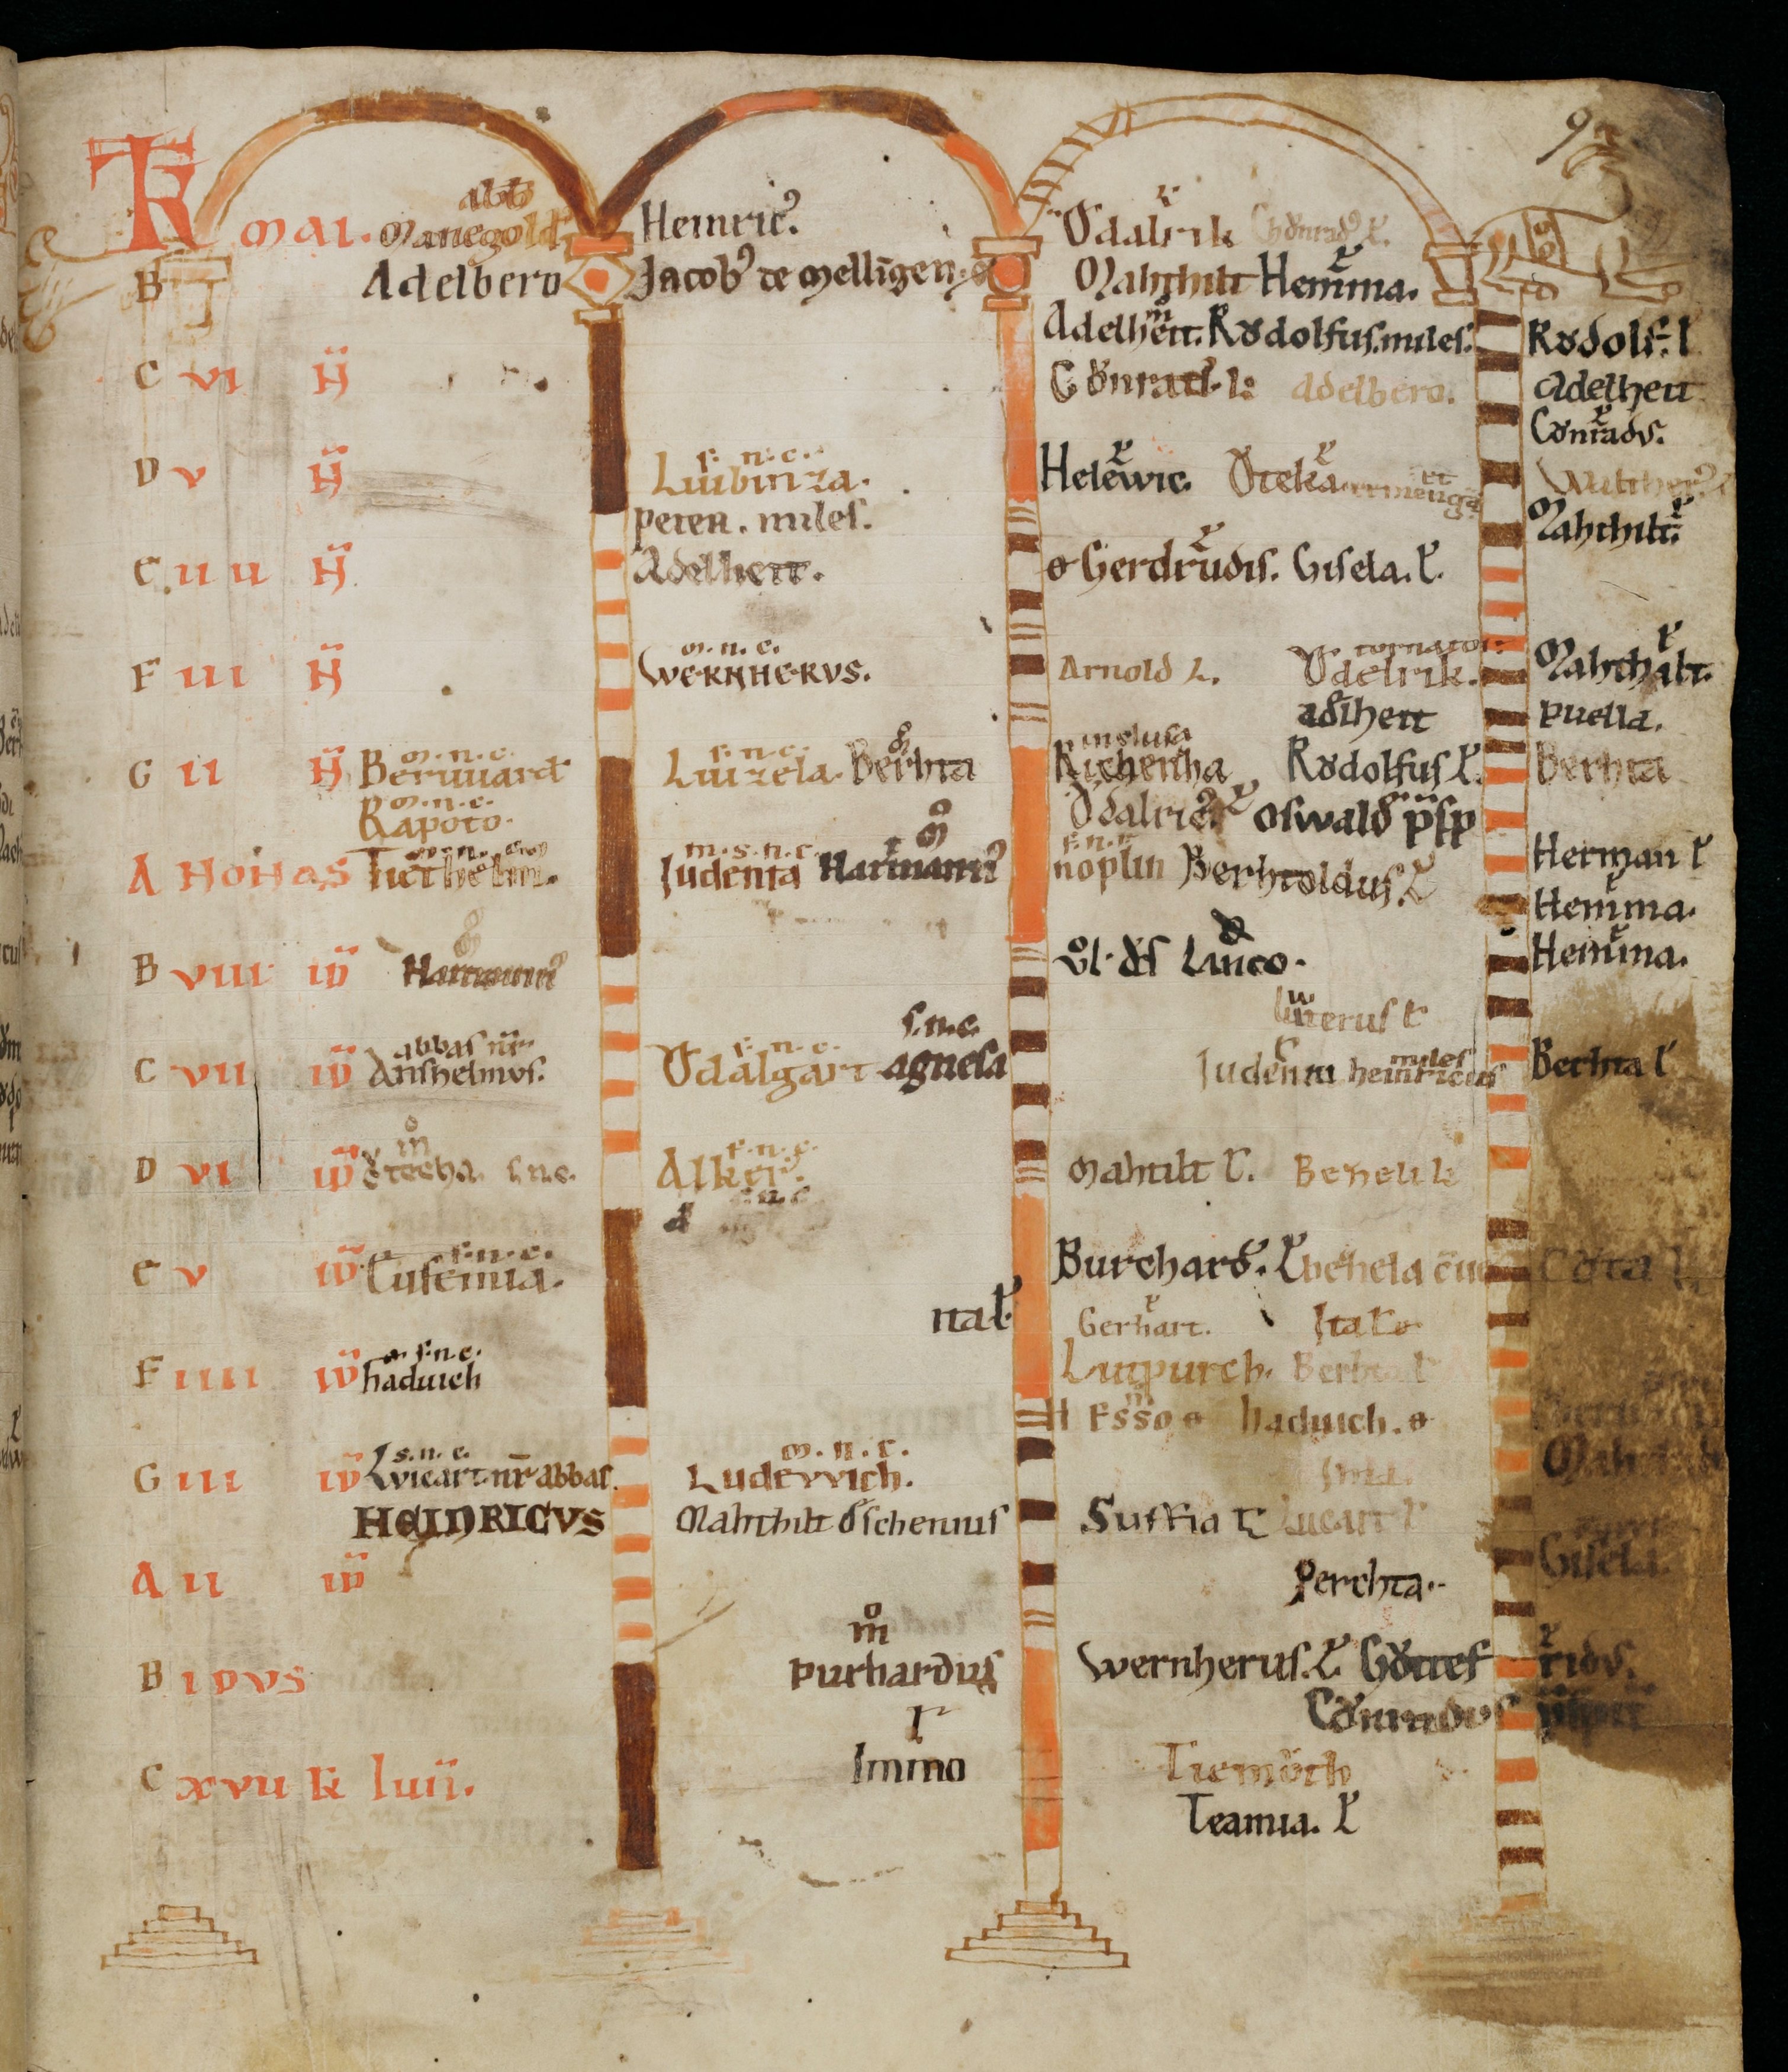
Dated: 1100–1199